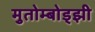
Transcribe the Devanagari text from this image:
मुतोम्बोड्झी